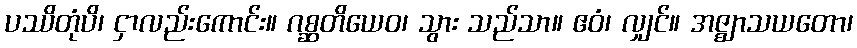
ပဿိတုံပိ၊ ငှာလည်းကောင်း။ ဂစ္ဆတိယေဝ၊ သွား သည်သာ။ ဧဝံ၊ လျှင်။ အဇ္ဈာသယတော၊